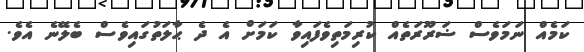
ކަމެއް ނަމަވެސް ޟަރޫރަތެއް ކުރިމަތިވެފައިވާ ކަމަށް އެ ދެ ޙާލަތުގައިވެސް ބެލޭނެ އެވެ.